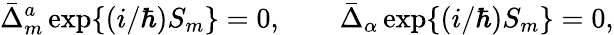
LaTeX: \bar{\Delta}_{m}^{a}\, \mathrm{exp}\{ (i/\hbar)S_{m}\} =0,\qquad\bar{\Delta}_{\alpha}\, \mathrm{exp}\{ (i/\hbar)S_{m}\} =0,